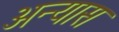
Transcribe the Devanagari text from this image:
अन्यास